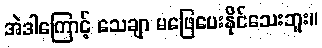
အဲဒါကြောင့် သေချာ မဖြေပေးနိုင်သေးဘူး။